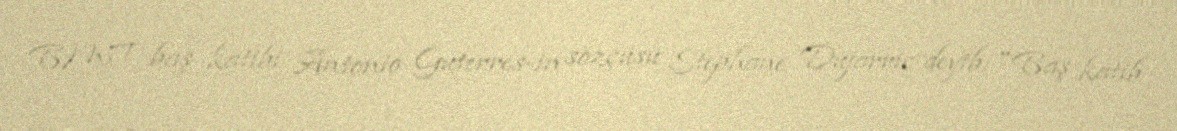
BMT baş katibi Antonio Guterres-in sözçüsü Stephane Dujarric deyib: "Baş katib